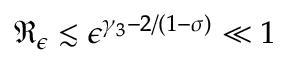
\mathfrak { R } _ { \epsilon } \lesssim \epsilon ^ { \gamma _ { 3 } - 2 / ( 1 - \sigma ) } \ll 1